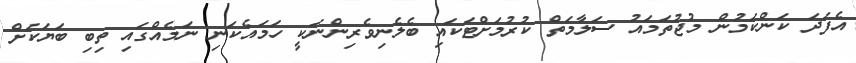
އެފަދަ ކަންކަމުން މުޖުތަމައު ސަލާމަތް ކުރުމަށްޓަކައި ބެލެނިވެރިންނަކީ ހަމައެކަނި ނަމެއްގައި ތިބި ބަޔަކަށް